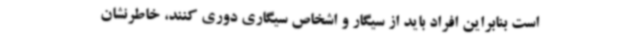
است بنابراین افراد باید از سیگار و اشخاص سیگاری دوری کنند، خاطرنشان